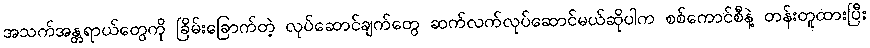
အသက်အန္တရာယ်တွေကို ခြိမ်းခြောက်တဲ့ လုပ်ဆောင်ချက်တွေ ဆက်လက်လုပ်ဆောင်မယ်ဆိုပါက စစ်ကောင်စီနဲ့ တန်းတူထားပြီး